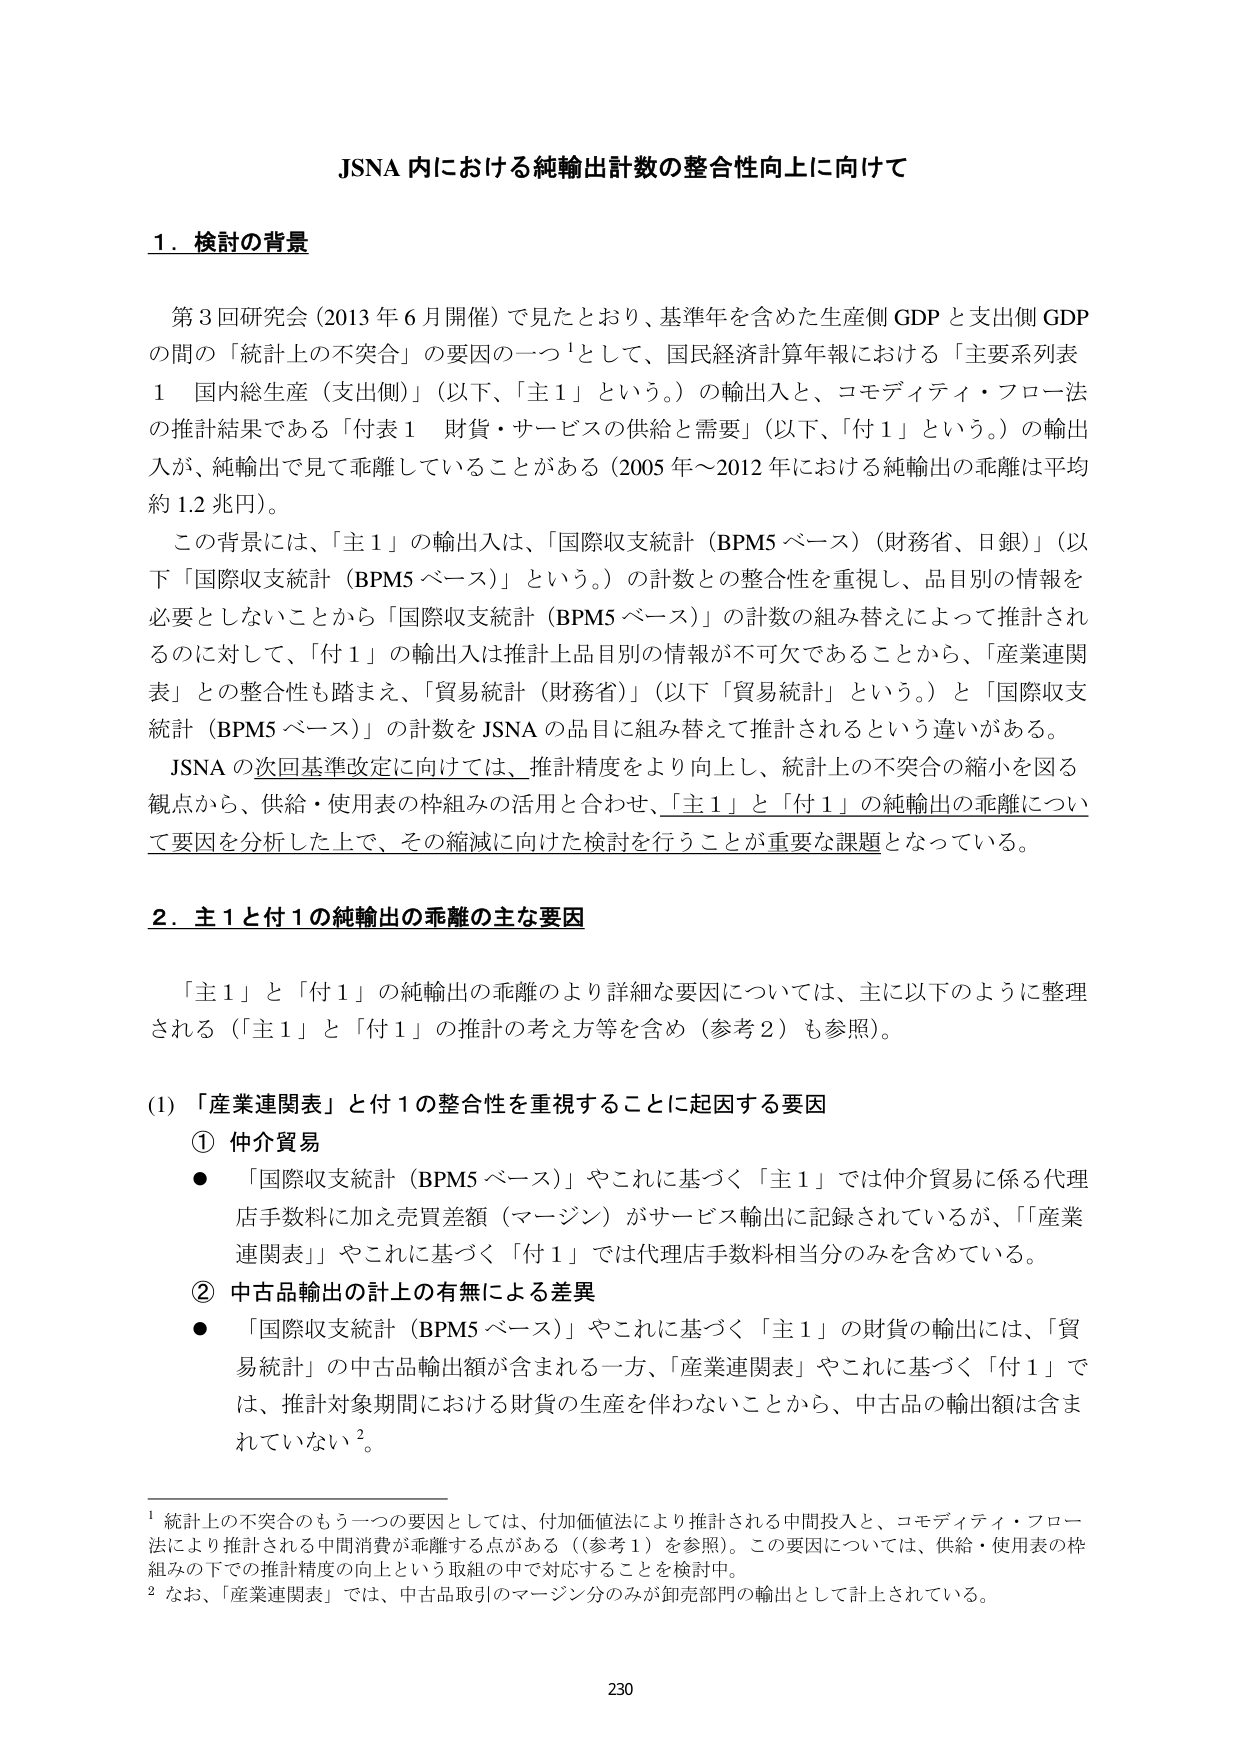
JSNA 内における純輸出計数の整合性向上に向けて

1．検討の背景

第3回研究会（2013年6月開催）で見たとおり、基準年を含めた生産側GDPと支出側GDPの間の「統計上の不突合」の要因の一つ¹として、国民経済計算年報における「主要系列表1 国内総生産（支出側）」（以下、「主1」という。）の輸出入と、コモディティ・フロー法の推計結果である「付表1 財貨・サービスの供給と需要」（以下、「付1」という。）の輸出入が、純輸出で見て乖離していることがある（2005年～2012年における純輸出の乖離は平均約1.2兆円）。

この背景には、「主1」の輸出入は、「国際収支統計（BPM5ベース）（財務省、日銀）」（以下「国際収支統計（BPM5ベース）」という。）の計数との整合性を重視し、品目別の情報を必要としないことから「国際収支統計（BPM5ベース）」の計数の組み替えによって推計されるのに対して、「付1」の輸出入は推計上品目別の情報が不可欠であることから、「産業連関表」との整合性も踏まえ、「貿易統計（財務省）」（以下「貿易統計」という。）と「国際収支統計（BPM5ベース）」の計数をJSNAの品目に組み替えて推計されるという違いがある。

JSNAの次回基準改定に向けては、推計精度をより向上し、統計上の不突合の縮小を図る観点から、供給・使用表の枠組みの活用と合わせ、「主1」と「付1」の純輸出の乖離について要因を分析した上で、その縮減に向けた検討を行うことが重要な課題となっている。

2．主1と付1の純輸出の乖離の主な要因

「主1」と「付1」の純輸出の乖離のより詳細な要因については、主に以下のように整理される（「主1」と「付1」の推計の考え方等を含め（参考2）も参照）。

(1) 「産業連関表」と付1の整合性を重視することに起因する要因

① 仲介貿易
● 「国際収支統計（BPM5ベース）」やこれに基づく「主1」では仲介貿易に係る代理店手数料に加え売買差額（マージン）がサービス輸出に記録されているが、「産業連関表」やこれに基づく「付1」では代理店手数料相当分のみを含めている。

② 中古品輸出の計上の有無による差異
● 「国際収支統計（BPM5ベース）」やこれに基づく「主1」の財貨の輸出には、「貿易統計」の中古品輸出額が含まれる一方、「産業連関表」やこれに基づく「付1」では、推計対象期間における財貨の生産を伴わないことから、中古品の輸出額は含まれていない²。

¹ 統計上の不突合のもう一つの要因としては、付加価値法により推計される中間投入と、コモディティ・フロー法により推計される中間消費が乖離する点がある（（参考1）を参照）。この要因については、供給・使用表の枠組みの下での推計精度の向上という取組の中で対応することを検討中。
² なお、「産業連関表」では、中古品取引のマージン分のみが卸売部門の輸出として計上されている。

230